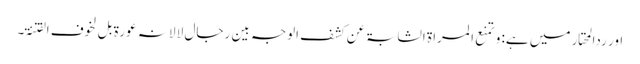
اور ردالمحتار میں ہے: و تمنع ا لمراۃ الشابۃ عن کشف الوجہ بین رجال لا لانہ عورۃ بل لخوف الفتنۃ۔